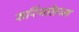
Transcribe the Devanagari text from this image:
सर्रियलिज्म